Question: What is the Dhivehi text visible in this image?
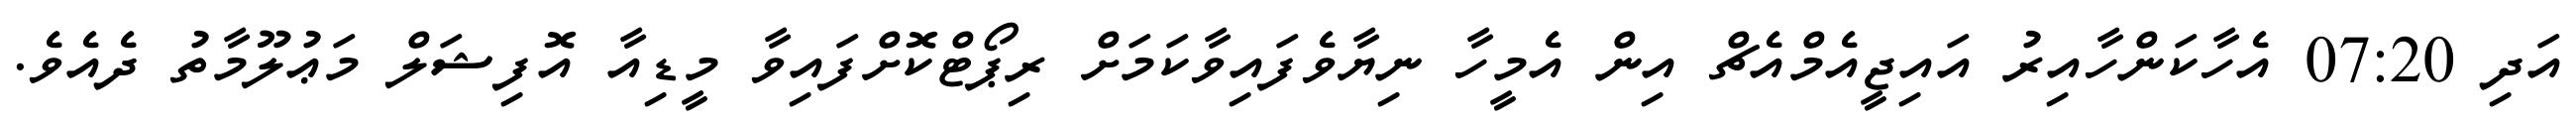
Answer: އަދި 07:20 އެހާކަންހާއިރު އައިޖީއެމްއެޗް އިން އެމީހާ ނިޔާވެފައިވާކަމަށް ރިޕޯޓްކޮށްފައިވާ މީޑިއާ އޮފިޝަލް މަޢުލޫމާތު ދެއެވެ.